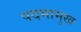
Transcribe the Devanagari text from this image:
पदमामुख